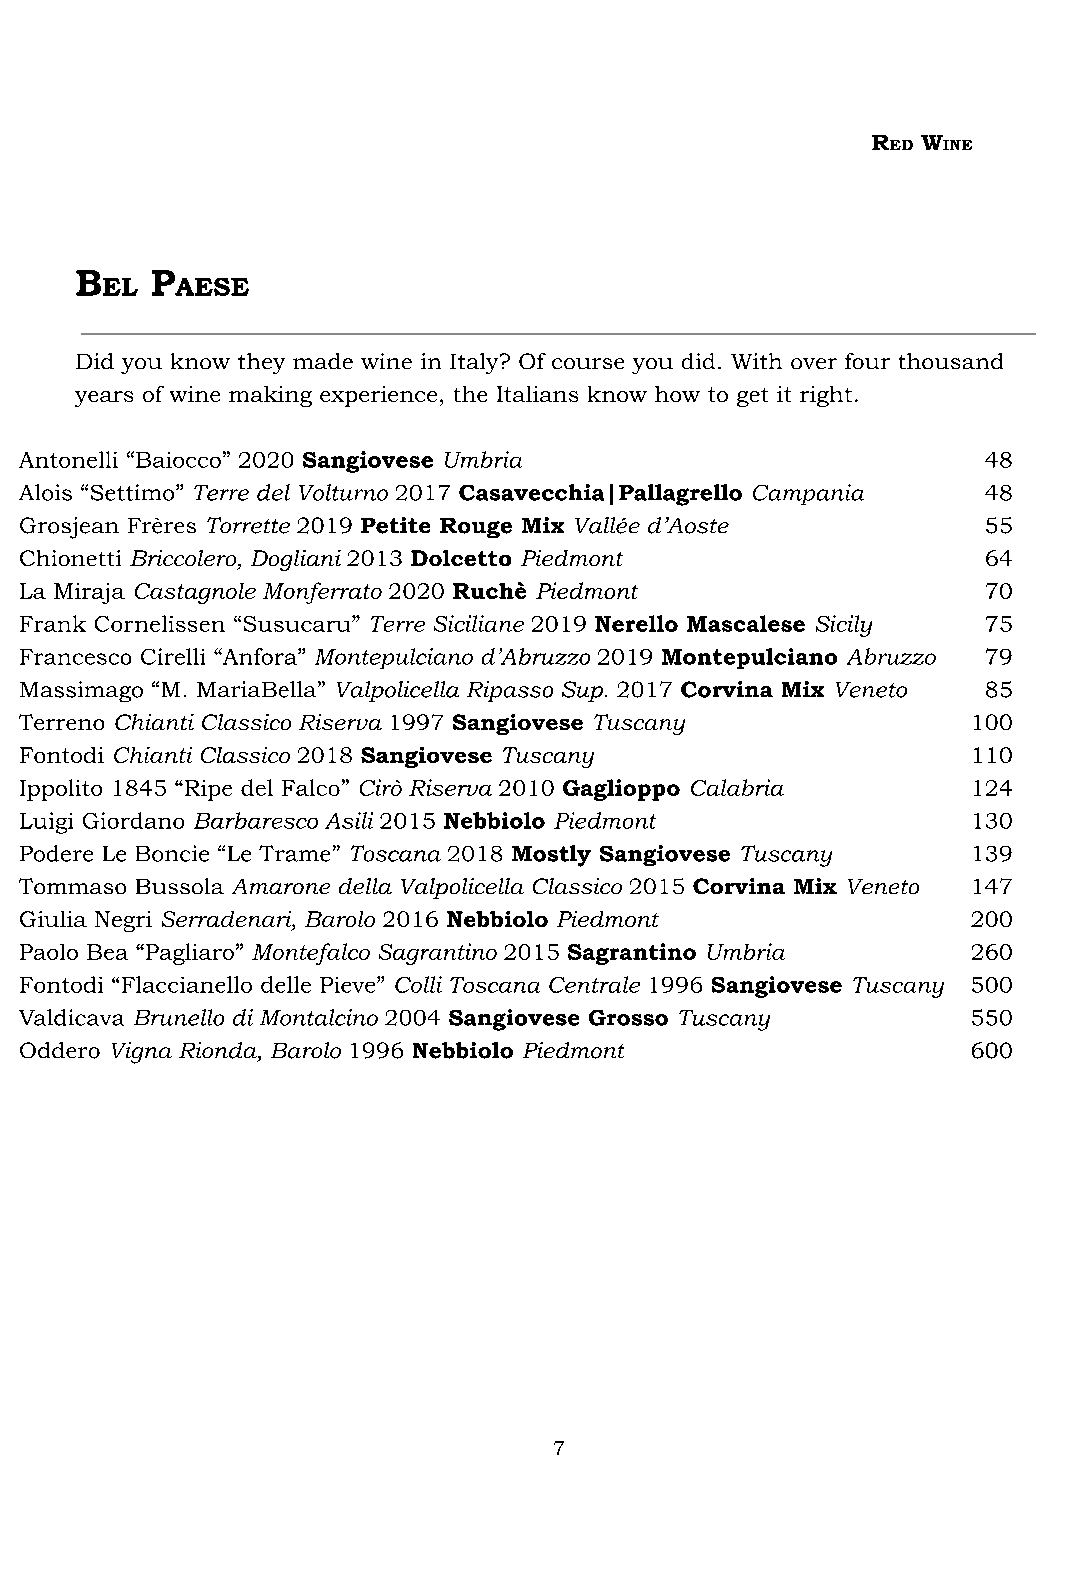
R  W
 ED INE
 B    P
 EL   AESE
 Did you know they made wine in Italy? Of course you did. With over four thousand
 years of wine making experience, the Italians know how to get it right.
 Antonelli “Baiocco” 2020 Sangiovese Umbria                      48
 Alois “Settimo” Terre del Volturno 2017 Casavecchia|Pallagrello Campania 48
 Grosjean Frères Torrette 2019 Petite Rouge Mix Vallée d’Aoste   55
 Chionetti Briccolero, Dogliani 2013 Dolcetto Piedmont           64
 La Miraja Castagnole Monferrato 2020 Ruchè Piedmont             70
 Frank Cornelissen “Susucaru” Terre Siciliane 2019 Nerello Mascalese Sicily 75
 Francesco Cirelli “Anfora” Montepulciano d’Abruzzo 2019 Montepulciano Abruzzo 79
 Massimago “M. MariaBella” Valpolicella Ripasso Sup. 2017 Corvina Mix Veneto 85
 Terreno Chianti Classico Riserva 1997 Sangiovese Tuscany       100
 Fontodi Chianti Classico 2018 Sangiovese Tuscany               110
 Ippolito 1845 “Ripe del Falco” Cirò Riserva 2010 Gaglioppo Calabria 124
 Luigi Giordano Barbaresco Asili 2015 Nebbiolo Piedmont         130
 Podere Le Boncie “Le Trame” Toscana 2018 Mostly Sangiovese Tuscany 139
 Tommaso Bussola Amarone della Valpolicella Classico 2015 Corvina Mix Veneto 147
 Giulia Negri Serradenari, Barolo 2016 Nebbiolo Piedmont        200
 Paolo Bea “Pagliaro” Montefalco Sagrantino 2015 Sagrantino Umbria 260
 Fontodi “Flaccianello delle Pieve” Colli Toscana Centrale 1996 Sangiovese Tuscany 500
 Valdicava Brunello di Montalcino 2004 Sangiovese Grosso Tuscany 550
 Oddero Vigna Rionda, Barolo 1996 Nebbiolo Piedmont             600
 7